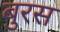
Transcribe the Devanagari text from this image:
बुरस